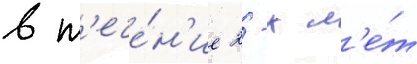
в т'ече́н'ие 2-х л'е́т